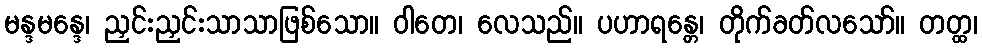
မန္ဒမန္ဒေ၊ ညှင်းညှင်းသာသာဖြစ်သော။ ဝါတေ၊ လေသည်။ ပဟာရန္တေ၊ တိုက်ခတ်လသော်။ တတ္ထ၊